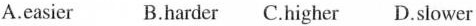
A.easier B.harder C.Higher D.Slower